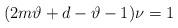
LaTeX: \begin{align*}(2m\vartheta +d-\vartheta -1)\nu =1\end{align*}